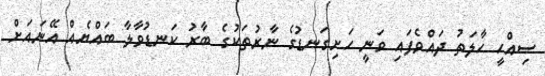
ސިއްހީ ހާލަތު ދައްވެފައި ވަނީ ހަށިގަނޑުގެ ނާރުތަކުގެ ބާރު ކަނޑުވާލާ ބައްޔެއް އޭނައަށް